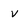
Character: v